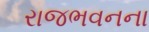
રાજભવનના